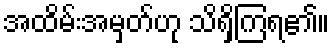
အထိမ်းအမှတ်ဟု သိရှိကြရ၏။